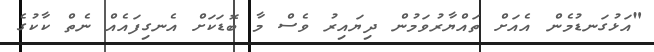
"އަޅުގަނޑުމެން އެއަށް ތައްޔާރުވަމުން ދިޔައިރު ވެސް މާ ބޮޑަކަށް އެނގިފައެއް ނެތް ކާކުގެ